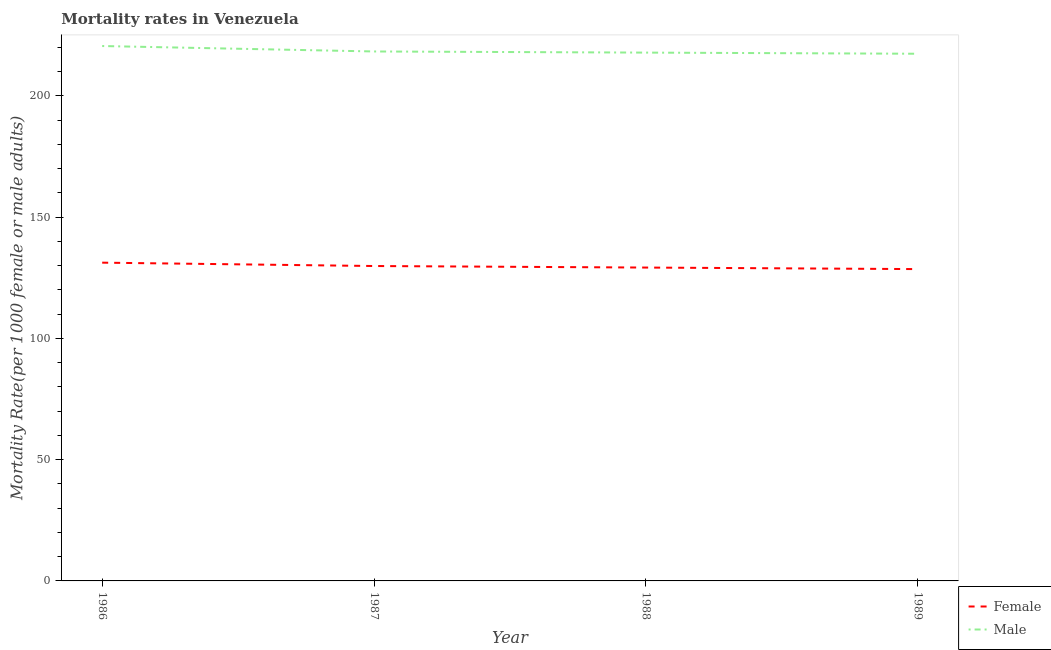
| Year | Female | Male |
 | --- | --- | --- |
 | 1986 | 131 | 221 |
 | 1987 | 130 | 218 |
 | 1988 | 129 | 218 |
 | 1989 | 129 | 217 |